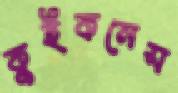
কুইকনেস